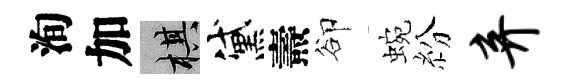
洵加棋黛燾卻蜿紛弃